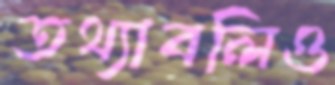
তথ্যাবলিও